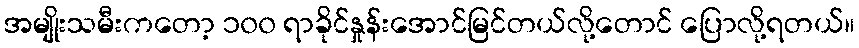
အမျိုးသမီးကတော့ ၁၀၀ ရာခိုင်နှုန်းအောင်မြင်တယ်လို့တောင် ပြောလို့ရတယ်။